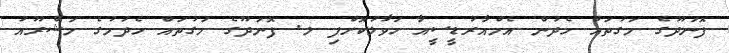
ފޮނަދޫގެ މަގުތައް ހެދުން އެމްއާރުޑީސީއާ ހަވާލުކޮށްފި ލ. ފޮނަދޫގެ މަގުތައް ހެދުމުގެ މަޝްރޫއު